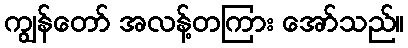
ကျွန်တော် အလန့်တကြား အော်သည်။